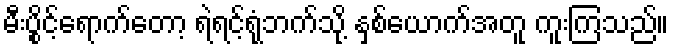
မီးပွိုင့်ရောက်တော့ ရဲရင့်ရုံဘက်သို့ နှစ်ယောက်အတူ ကူးကြသည်။